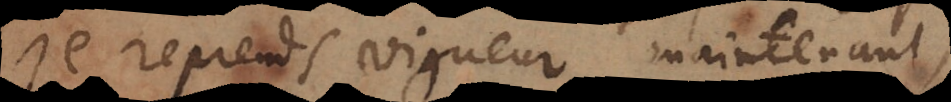
je reprends vigueur maintenant,